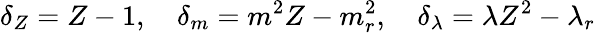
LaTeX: \delta_{Z}=Z-1,\quad\delta_{m}=m^{2}Z-m_{r}^{2},\quad\delta_{\lambda}=\lambda Z^{2}-\lambda_{r}